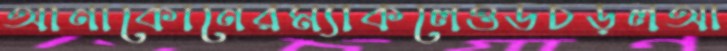
আনাকোনেরম্যাকলেওডচড়লআ